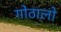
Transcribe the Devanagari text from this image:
गोठालो